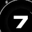
Digit: 7